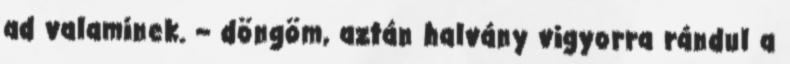
ad valaminek. – döngöm, aztán halvány vigyorra rándul a